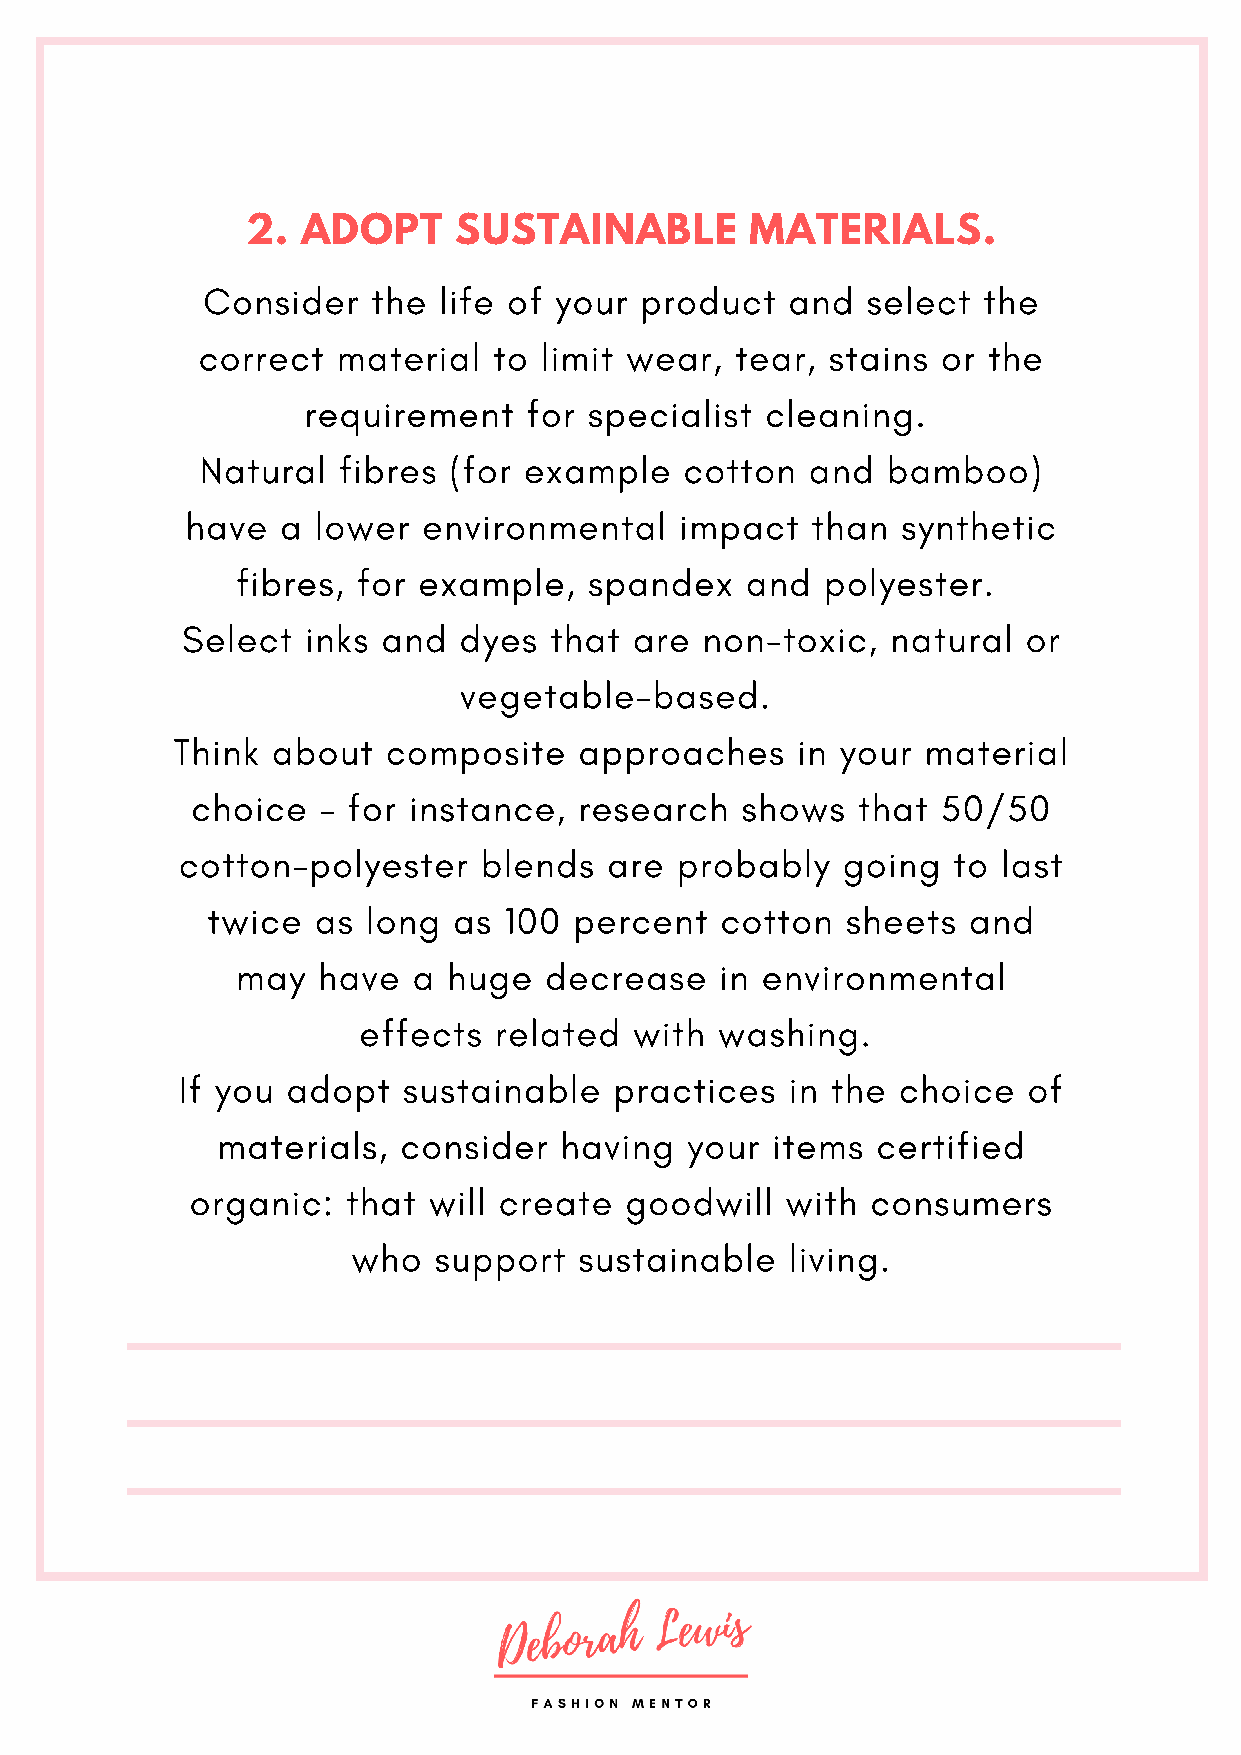
2.  ADOPT     SUSTAINABLE         MATERIALS.
 Consider    the life of your product   and  select  the
 correct  material   to limit wear,  tear, stains or the
 requirement    for specialist  cleaning.
 Natural  fibres  (for example   cotton   and  bamboo)
 have   a lower  environmental    impact   than  synthetic
 fibres, for example,   spandex   and   polyester.
 Select  inks and  dyes  that  are  non-toxic,  natural  or
 vegetable-based.
 Think  about   composite   approaches     in your material
 choice  – for instance,  research   shows   that 50/50
 cotton-polyester    blends  are  probably   going  to last
 twice  as long  as 100  percent   cotton  sheets  and
 may  have  a  huge  decrease    in environmental
 effects  related  with  washing.
 If you adopt   sustainable   practices  in the  choice  of
 materials,   consider  having  your  items  certified
 organic:  that will create  goodwill   with  consumers
 who   support  sustainable   living.